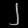
Digit: ၂